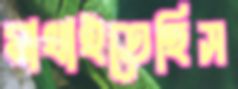
মাখাইতেছিস